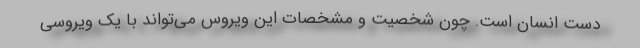
دست انسان است. چون شخصیت و مشخصات این ویروس می‌تواند با یک ویروسی